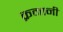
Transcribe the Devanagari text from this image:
क्रमानी